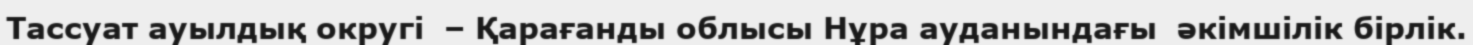
Тассуат ауылдық округі  – Қарағанды облысы Нұра ауданындағы  әкімшілік бірлік.